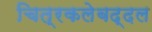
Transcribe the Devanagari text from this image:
चित्रकलेबद्दल